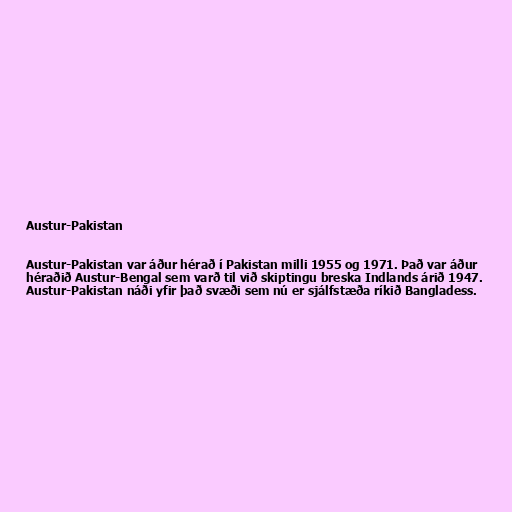
Austur-Pakistan

Austur-Pakistan var áður hérað í Pakistan milli 1955 og 1971. Það var áður
héraðið Austur-Bengal sem varð til við skiptingu breska Indlands árið 1947.
Austur-Pakistan náði yfir það svæði sem nú er sjálfstæða ríkið Bangladess.